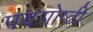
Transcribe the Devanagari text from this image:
पदगोष्ठी